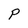
Character: p